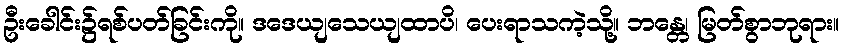
ဦးခေါင်း၌ရစ်ပတ်ခြင်းကို။ ဒဒေယျသေယျထာပိ၊ ပေးရာသကဲ့သို့။ ဘန္တေ၊ မြတ်စွာဘုရား။